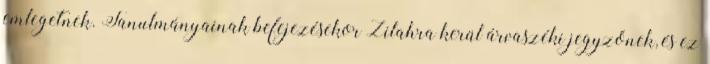
emlegetnek. Tanulmányainak befejezésekor Zilahra kerül árvaszéki jegyzőnek, és ez